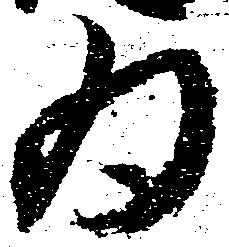
為